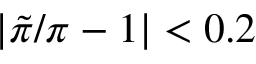
| \tilde { \pi } / \pi - 1 | < 0 . 2